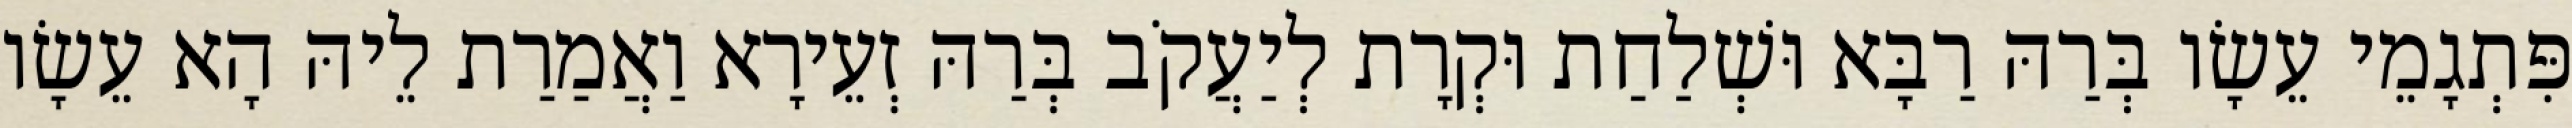
פִּתְגָמֵי עֵשָׂו בְּרַהּ רַבָּא וּשְׁלַחַת וּקְרָת לְיַעֲקֹב בְּרַהּ זְעֵירָא וַאֲמַרַת לֵיהּ הָא עֵשָׂו